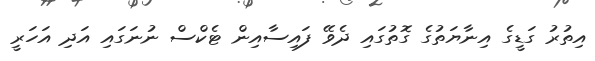
އިތުރު ގަޑީގެ އިނާޔަތުގެ ގޮތުގައި ދެވޭ ފައިސާއިން ޓެކްސް ނުނަގައި އަދި އަހަރީ